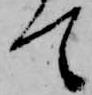
て